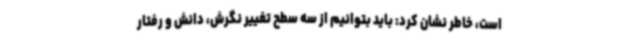
است، خاطر نشان کرد: باید بتوانیم از سه سطح تغییر نگرش، دانش و رفتار